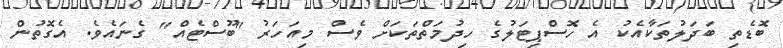
ބޮޑެތި ބަދަލުތަކާއެކު އެ ހޮސްޕިޓަލުގެ ހިދުމަތްތަކަށް ވެސް މިއަހަރު "ބޫސްޓެއް" ގެނައެވެ. އެގޮތުން